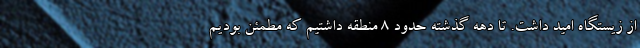
از زیستگاه امید داشت. تا دهه گذشته حدود ۸ منطقه داشتیم که مطمئن بودیم